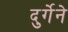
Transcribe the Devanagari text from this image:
दुर्गेने